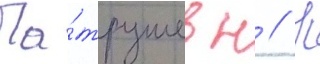
Па́трушев н // П